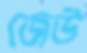
জেউ